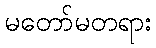
မတော်မတရား